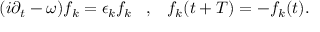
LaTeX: ( i \partial _ { t } - \omega ) f _ { k } = \epsilon _ { k } f _ { k } \; \; \; , \; \; \; f _ { k } ( t + T ) = - f _ { k } ( t ) .